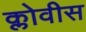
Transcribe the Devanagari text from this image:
क्लोवीस